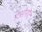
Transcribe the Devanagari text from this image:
डेओनोट